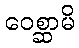
ဝေစ္ဆာမိ